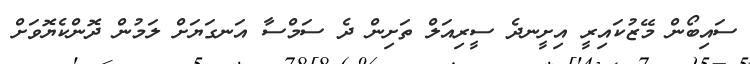
ސައިބޯން މޭޒުކައިރީ އިށީނދެ ސީރިއަލް ތަށިން ދެ ސަމްސާ އަނގަޔަށް ލަމުން ދޮންކެޔޮވަށް